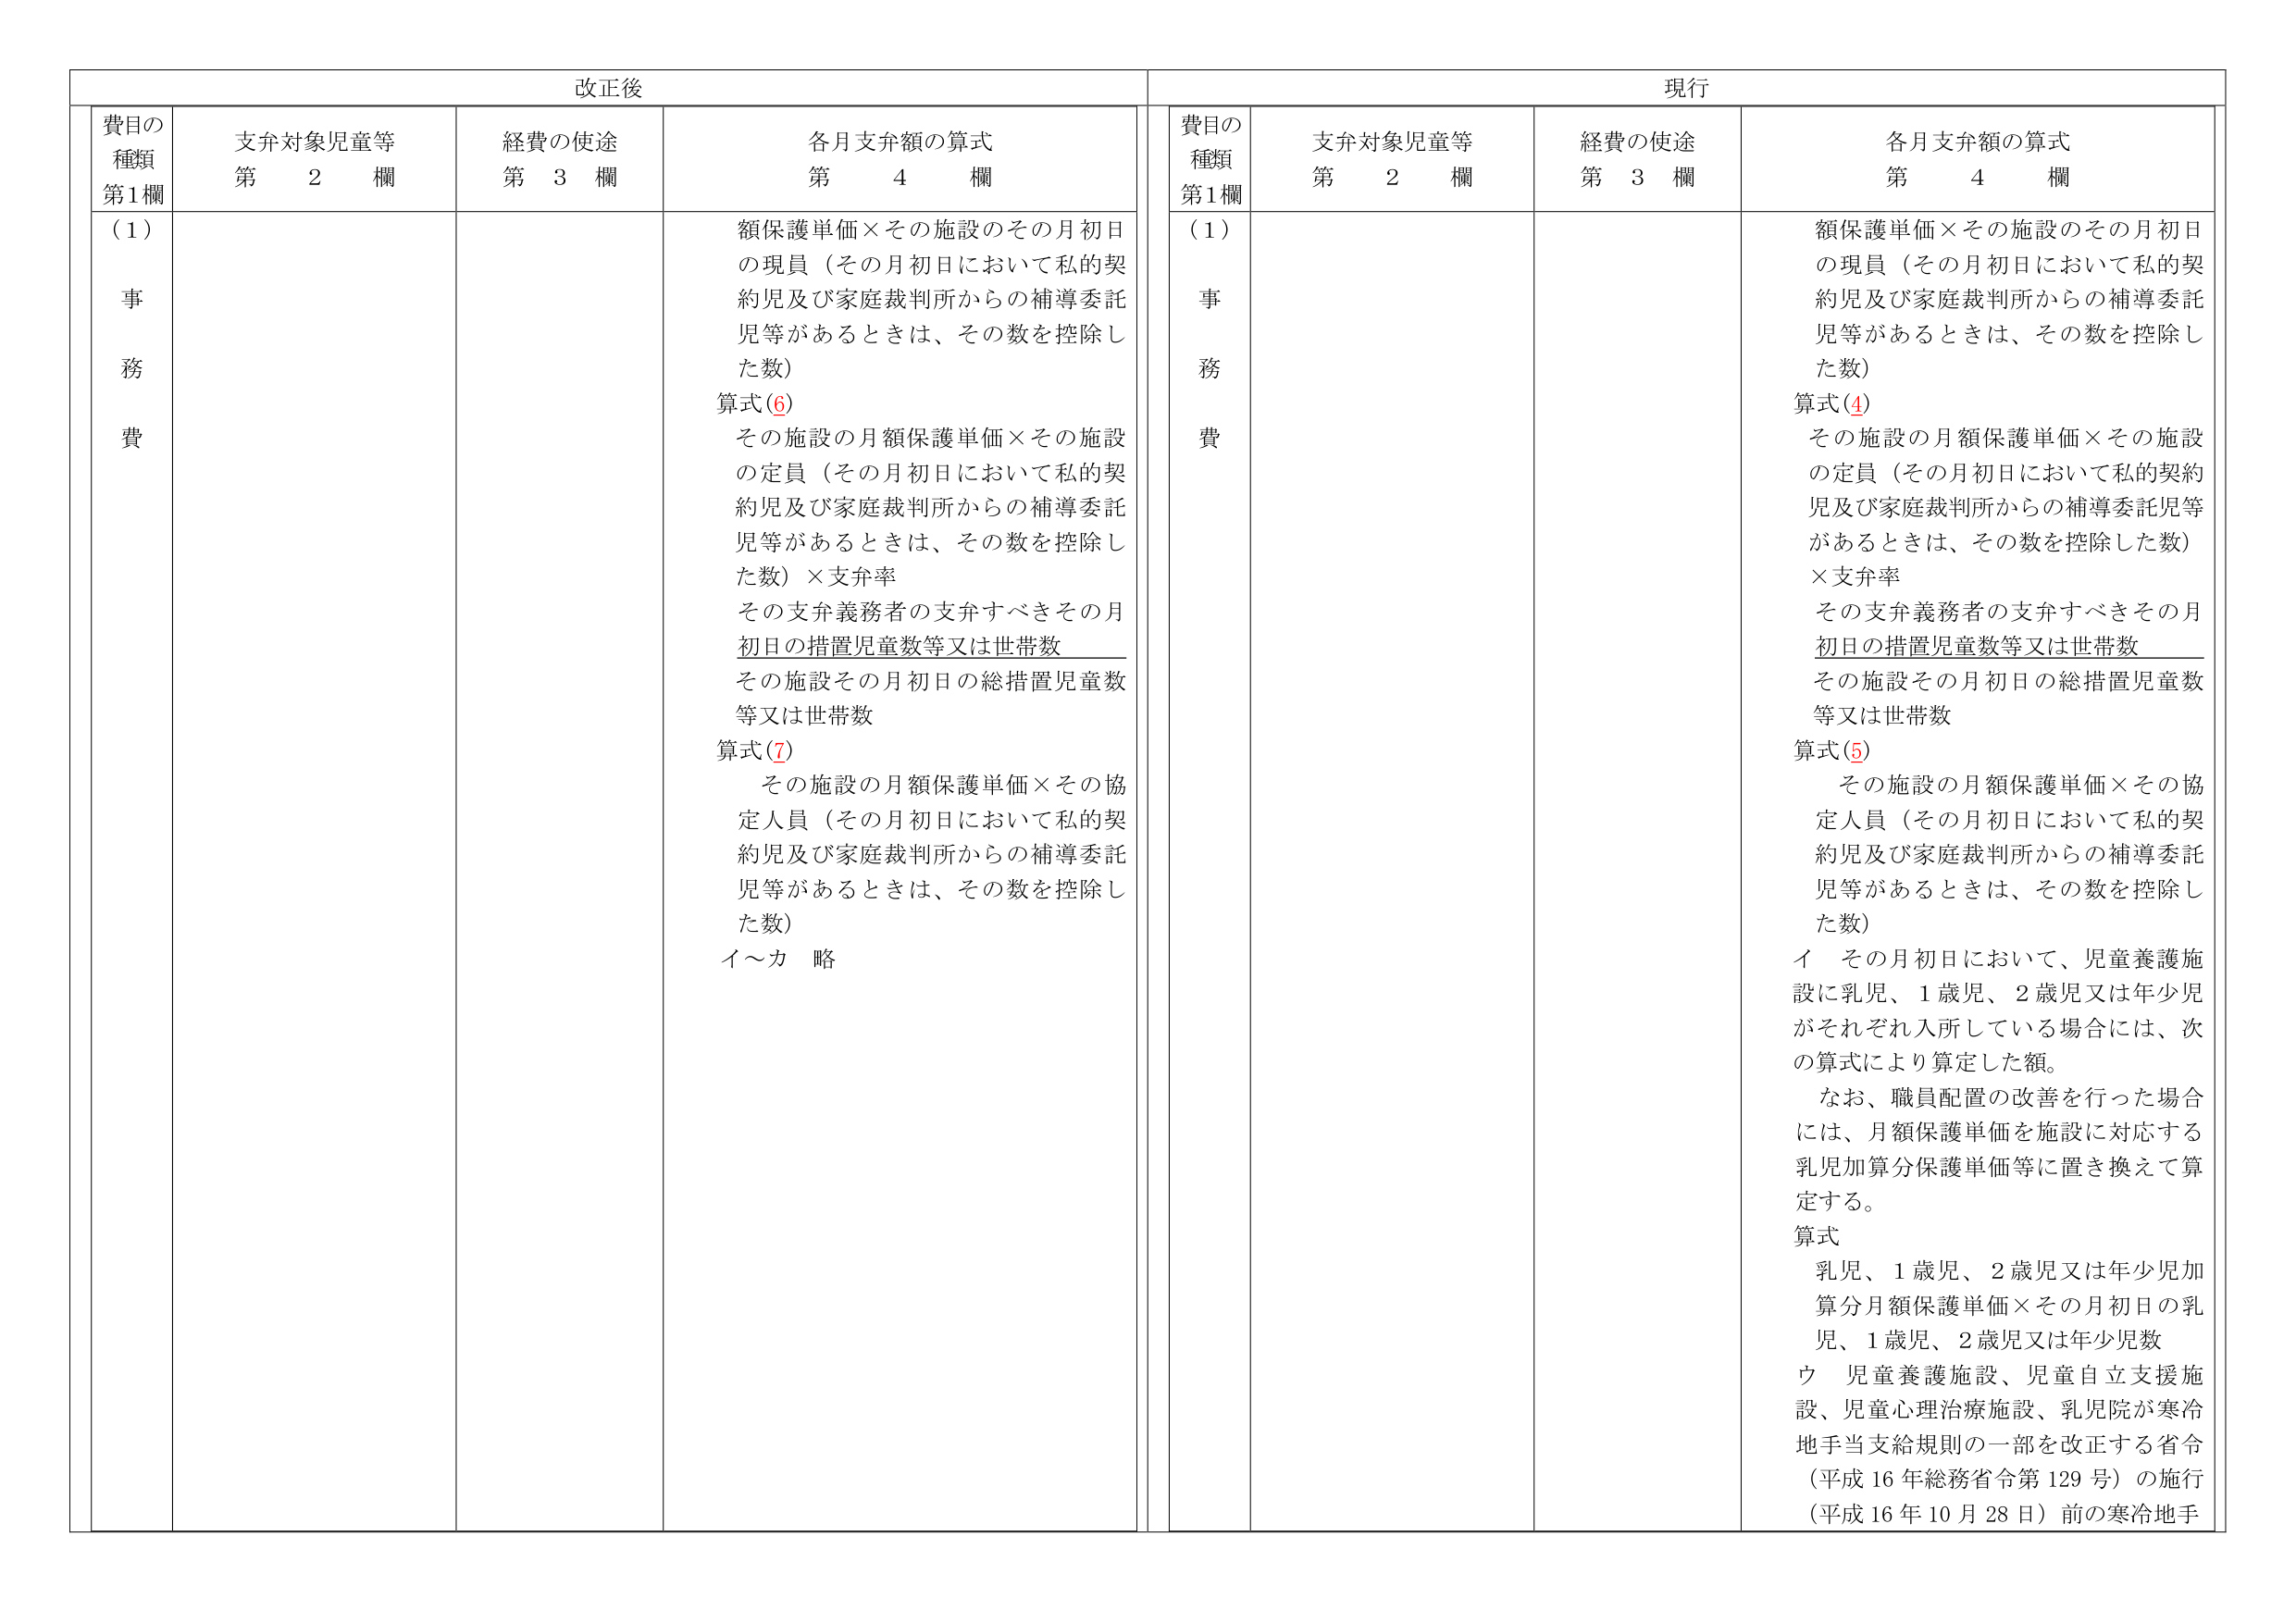
改正後

費目の
種類
第1欄

支弁対象児童等
第　2　欄

経費の使途
第　3　欄

各月支弁額の算式
第　4　欄

（1）
事
務
費

額保護単価×その施設のその月初日の現員（その月初日において私的契約児及び家庭裁判所からの補導委託児等があるときは、その数を控除した数）
算式(6)
その施設の月額保護単価×その施設の定員（その月初日において私的契約児及び家庭裁判所からの補導委託児等があるときは、その数を控除した数）×支弁率
その支弁義務者の支弁すべきその月初日の措置児童数等又は世帯数
その施設その月初日の総措置児童数等又は世帯数
算式(7)
その施設の月額保護単価×その協定人員（その月初日において私的契約児及び家庭裁判所からの補導委託児等があるときは、その数を控除した数）
イ～カ　略

現行

費目の
種類
第1欄

支弁対象児童等
第　2　欄

経費の使途
第　3　欄

各月支弁額の算式
第　4　欄

（1）
事
務
費

額保護単価×その施設のその月初日の現員（その月初日において私的契約児及び家庭裁判所からの補導委託児等があるときは、その数を控除した数）
算式(4)
その施設の月額保護単価×その施設の定員（その月初日において私的契約児及び家庭裁判所からの補導委託児等があるときは、その数を控除した数）×支弁率
その支弁義務者の支弁すべきその月初日の措置児童数等又は世帯数
その施設その月初日の総措置児童数等又は世帯数
算式(5)
その施設の月額保護単価×その協定人員（その月初日において私的契約児及び家庭裁判所からの補導委託児等があるときは、その数を控除した数）
イ　その月初日において、児童養護施設に乳児、1歳児、2歳児又は年少児がそれぞれ入所している場合には、次の算式により算定した額。
　　なお、職員配置の改善を行った場合には、月額保護単価を施設に対応する乳児加算分保護単価等に置き換えて算定する。
算式
　　乳児、1歳児、2歳児又は年少児加算分月額保護単価×その月初日の乳児、1歳児、2歳児又は年少児数
ウ　児童養護施設、児童自立支援施設、児童心理治療施設、乳児院が寒冷地手当支給規則の一部を改正する省令（平成16年総務省令第129号）の施行（平成16年10月28日）前の寒冷地手